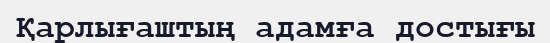
Қарлығаштың адамға достығы